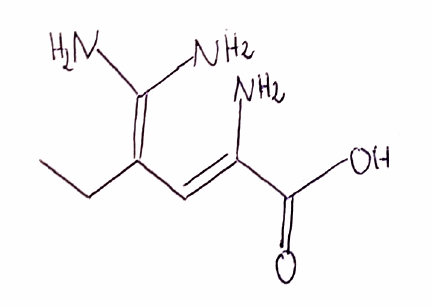
Simplified molecular-input line-entry system (SMILES) notation of the given molecule:
CCC(=C(N)N)/C=C(/C(=O)O)\N